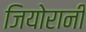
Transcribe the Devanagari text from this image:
जियोरानी